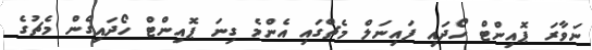
ނަވާރަ ޕޮއިންޓް ހޯދައި ފައިނަލް މެޗްގައި އެންމެ ގިނަ ޕޮއިންޓް ހޯދައިގެން މެޗުގެ